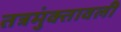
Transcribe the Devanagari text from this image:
तत्रमुंक्तावली